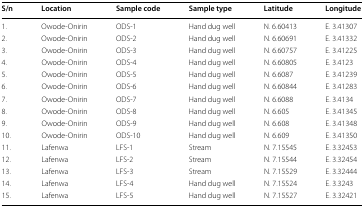
| S/n | Location | Sample code | Sample type | Latitude | Longitude |
 | --- | --- | --- | --- | --- | --- |
 | 1. | Owode-Onirin | ODS-1 | Hand dug well | N. 6.60413 | E. 3.41307 |
 | 2. | Owode-Onirin | ODS-2 | Hand dug well | N. 6.60691 | E. 3.41332 |
 | 3. | Owode-Onirin | ODS-3 | Hand dug well | N. 6.60757 | E. 3.41225 |
 | 4. | Owode-Onirin | ODS-4 | Hand dug well | N. 6.60805 | E. 3.4123 |
 | 5. | Owode-Onirin | ODS-5 | Hand dug well | N. 6.6087 | E. 3.41239 |
 | 6. | Owode-Onirin | ODS-6 | Hand dug well | N. 6.60844 | E. 3.41283 |
 | 7. | Owode-Onirin | ODS-7 | Hand dug well | N. 6.6088 | E. 3.4134 |
 | 8. | Owode-Onirin | ODS-8 | Hand dug well | N. 6.605 | E. 3.41345 |
 | 9. | Owode-Onirin | ODS-9 | Hand dug well | N. 6.608 | E. 3.41348 |
 | 10. | Owode-Onirin | ODS-10 | Hand dug well | N. 6.609 | E. 3.41350 |
 | 11. | Lafenwa | LFS-1 | Stream | N. 7.15545 | E. 3.32453 |
 | 12. | Lafenwa | LFS-2 | Stream | N. 7.15544 | E. 3.32454 |
 | 13. | Lafenwa | LFS-3 | Stream | N. 7.15529 | E. 3.32444 |
 | 14. | Lafenwa | LFS-4 | Hand dug well | N. 7.15524 | E. 3.3243 |
 | 15. | Lafenwa | LFS-5 | Hand dug well | N. 7.15527 | E. 3.32421 |